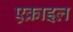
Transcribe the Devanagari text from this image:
एक्राइल